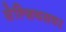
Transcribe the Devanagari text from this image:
सेल्शियसवर